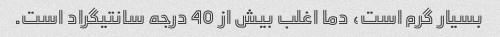
بسیار گرم است، دما اغلب بیش از 40 درجه سانتیگراد است.